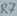
Text: R7